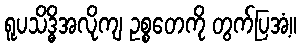
ရူပသိဒ္ဓိအလိုကျ ဥစ္စတေကို တွက်ပြအံ့။